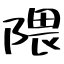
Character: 隈